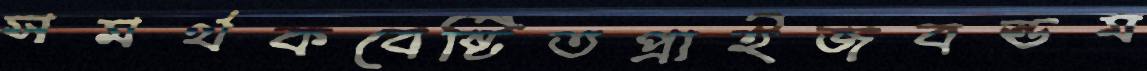
সমর্থকবেষ্টিতপ্রাইজবন্ডম